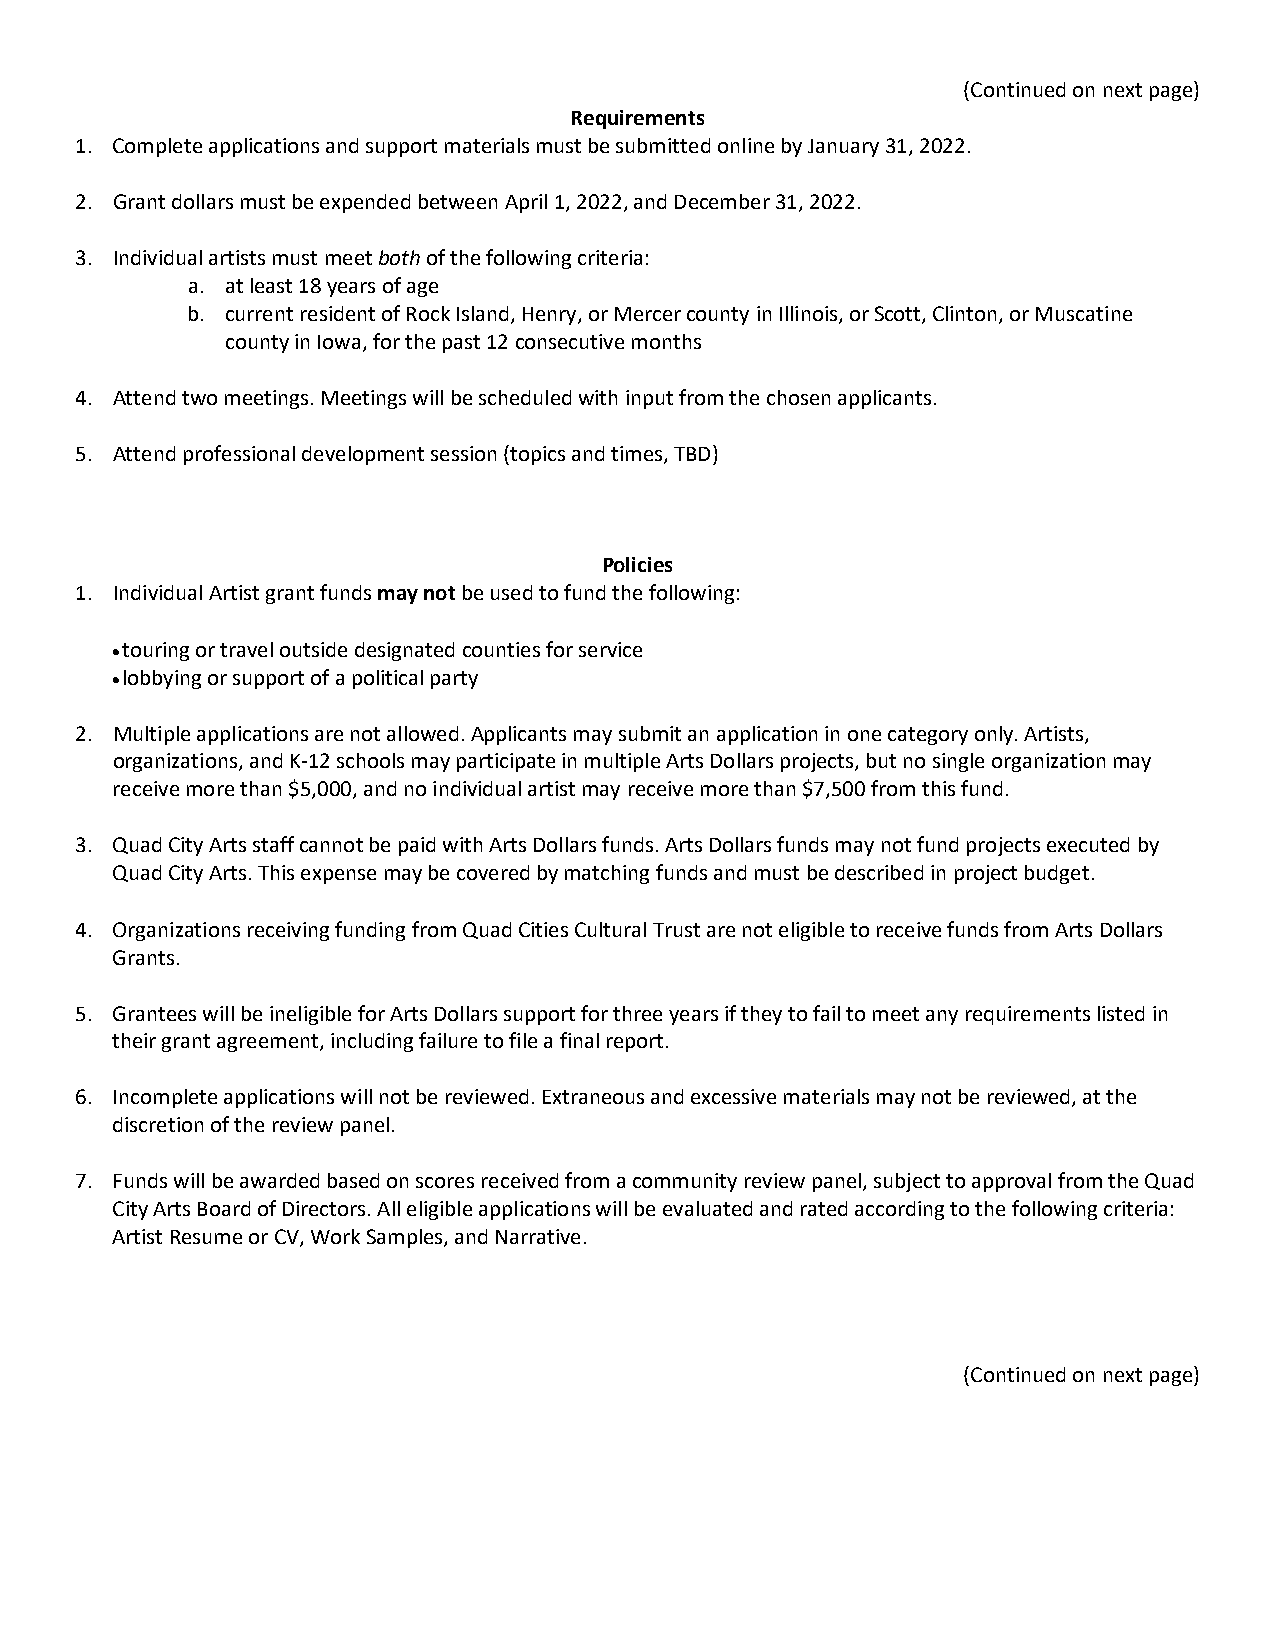
(Continued on next page)
 Requirements
 1. Complete applications and support materials must be submitted online by January 31, 2022.
 2. Grant dollars must be expended between April 1, 2022, and December 31, 2022.
 3. Individual artists must meet both of the following criteria:
 a. at least 18 years of age
 b. current resident of Rock Island, Henry, or Mercer county in Illinois, or Scott, Clinton, or Muscatine
 county in Iowa, for the past 12 consecutive months
 4. Attend two meetings. Meetings will be scheduled with input from the chosen applicants.
 5. Attend professional development session (topics and times, TBD)
 Policies
 1. Individual Artist grant funds may not be used to fund the following:
 • touring or travel outside designated counties for service
 • lobbying or support of a political party
 2. Multiple applications are not allowed. Applicants may submit an application in one category only. Artists,
 organizations, and K-12 schools may participate in multiple Arts Dollars projects, but no single organization may
 receive more than $5,000, and no individual artist may receive more than $7,500 from this fund.
 3. Quad City Arts staff cannot be paid with Arts Dollars funds. Arts Dollars funds may not fund projects executed by
 Quad City Arts. This expense may be covered by matching funds and must be described in project budget.
 4. Organizations receiving funding from Quad Cities Cultural Trust are not eligible to receive funds from Arts Dollars
 Grants.
 5. Grantees will be ineligible for Arts Dollars support for three years if they to fail to meet any requirements listed in
 their grant agreement, including failure to file a final report.
 6. Incomplete applications will not be reviewed. Extraneous and excessive materials may not be reviewed, at the
 discretion of the review panel.
 7. Funds will be awarded based on scores received from a community review panel, subject to approval from the Quad
 City Arts Board of Directors. All eligible applications will be evaluated and rated according to the following criteria:
 Artist Resume or CV, Work Samples, and Narrative.
 (Continued on next page)